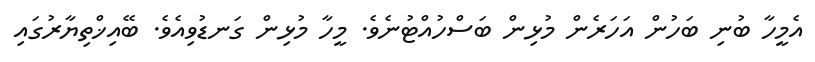
އެމީހާ ބުނި ބަހުން އަހަރެން މުޅިން ބަސްހުއްޓުނެވެ. މީހާ މުޅިން ގަނޑުވިއެވެ. ބޭއިޚްތިޔާރުގައި